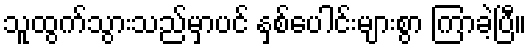
သူထွက်သွားသည်မှာပင် နှစ်ပေါင်းများစွာ ကြာခဲ့ပြီ။